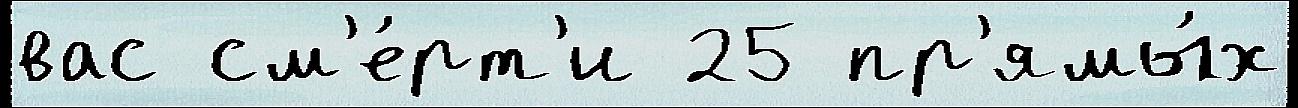
вас см'е́рт'и 25 пр'ямы́х